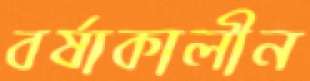
বর্ষাকালীন